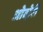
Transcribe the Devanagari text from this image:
ओदोरी